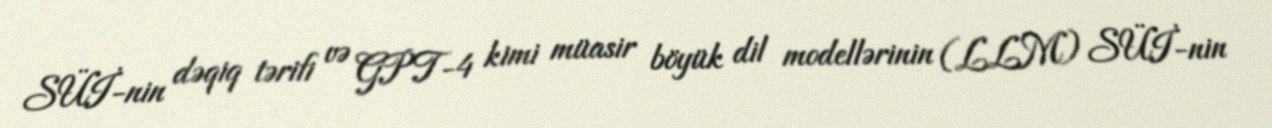
SÜİ-nin dəqiq tərifi və GPT-4 kimi müasir böyük dil modellərinin (LLM) SÜİ-nin